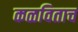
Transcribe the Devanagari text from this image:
कळविताच